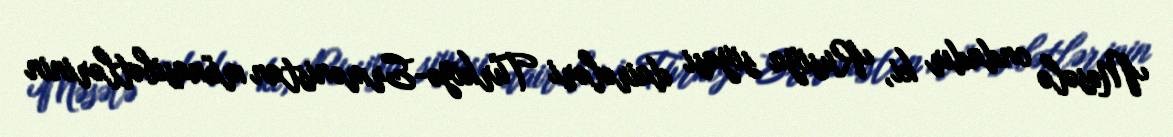
Məsələ ondadır ki, Rusiya siyasi dairələri Türkiyə-Ermənistan münasibətlərinin